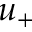
u _ { + }